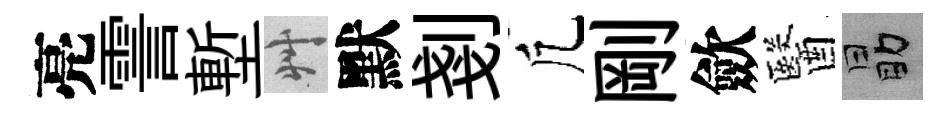
亮霅塹艸默剗凢剛歛醫勗